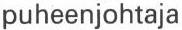
puheenjohtaja